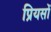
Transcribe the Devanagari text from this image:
प्रियसों